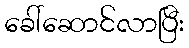
ခေါ်ဆောင်လာပြီး